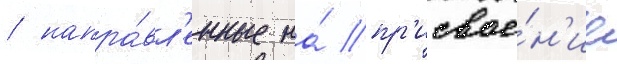
/ напра́вл'енные на́ пр'исвое́н'ие